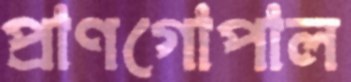
প্রাণগোপাল